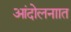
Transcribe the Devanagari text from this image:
आंदोलनाात